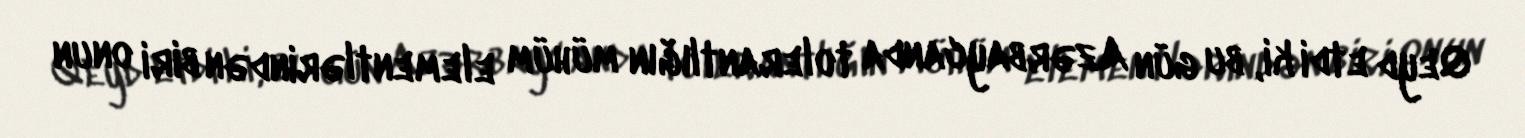
Qeyd etdi ki, bu gün Azərbaycanda tolerantlığın mühüm elementlərindən biri onun